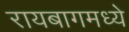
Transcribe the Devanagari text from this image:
रायबागमध्ये